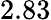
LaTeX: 2.83